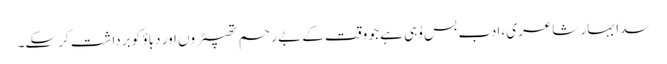
سدا بہار شاعری، ادب بس وُہی ہے جو وقت کے بے رحم تھپیڑوں اور دباؤ کو برداشت کرسکے۔